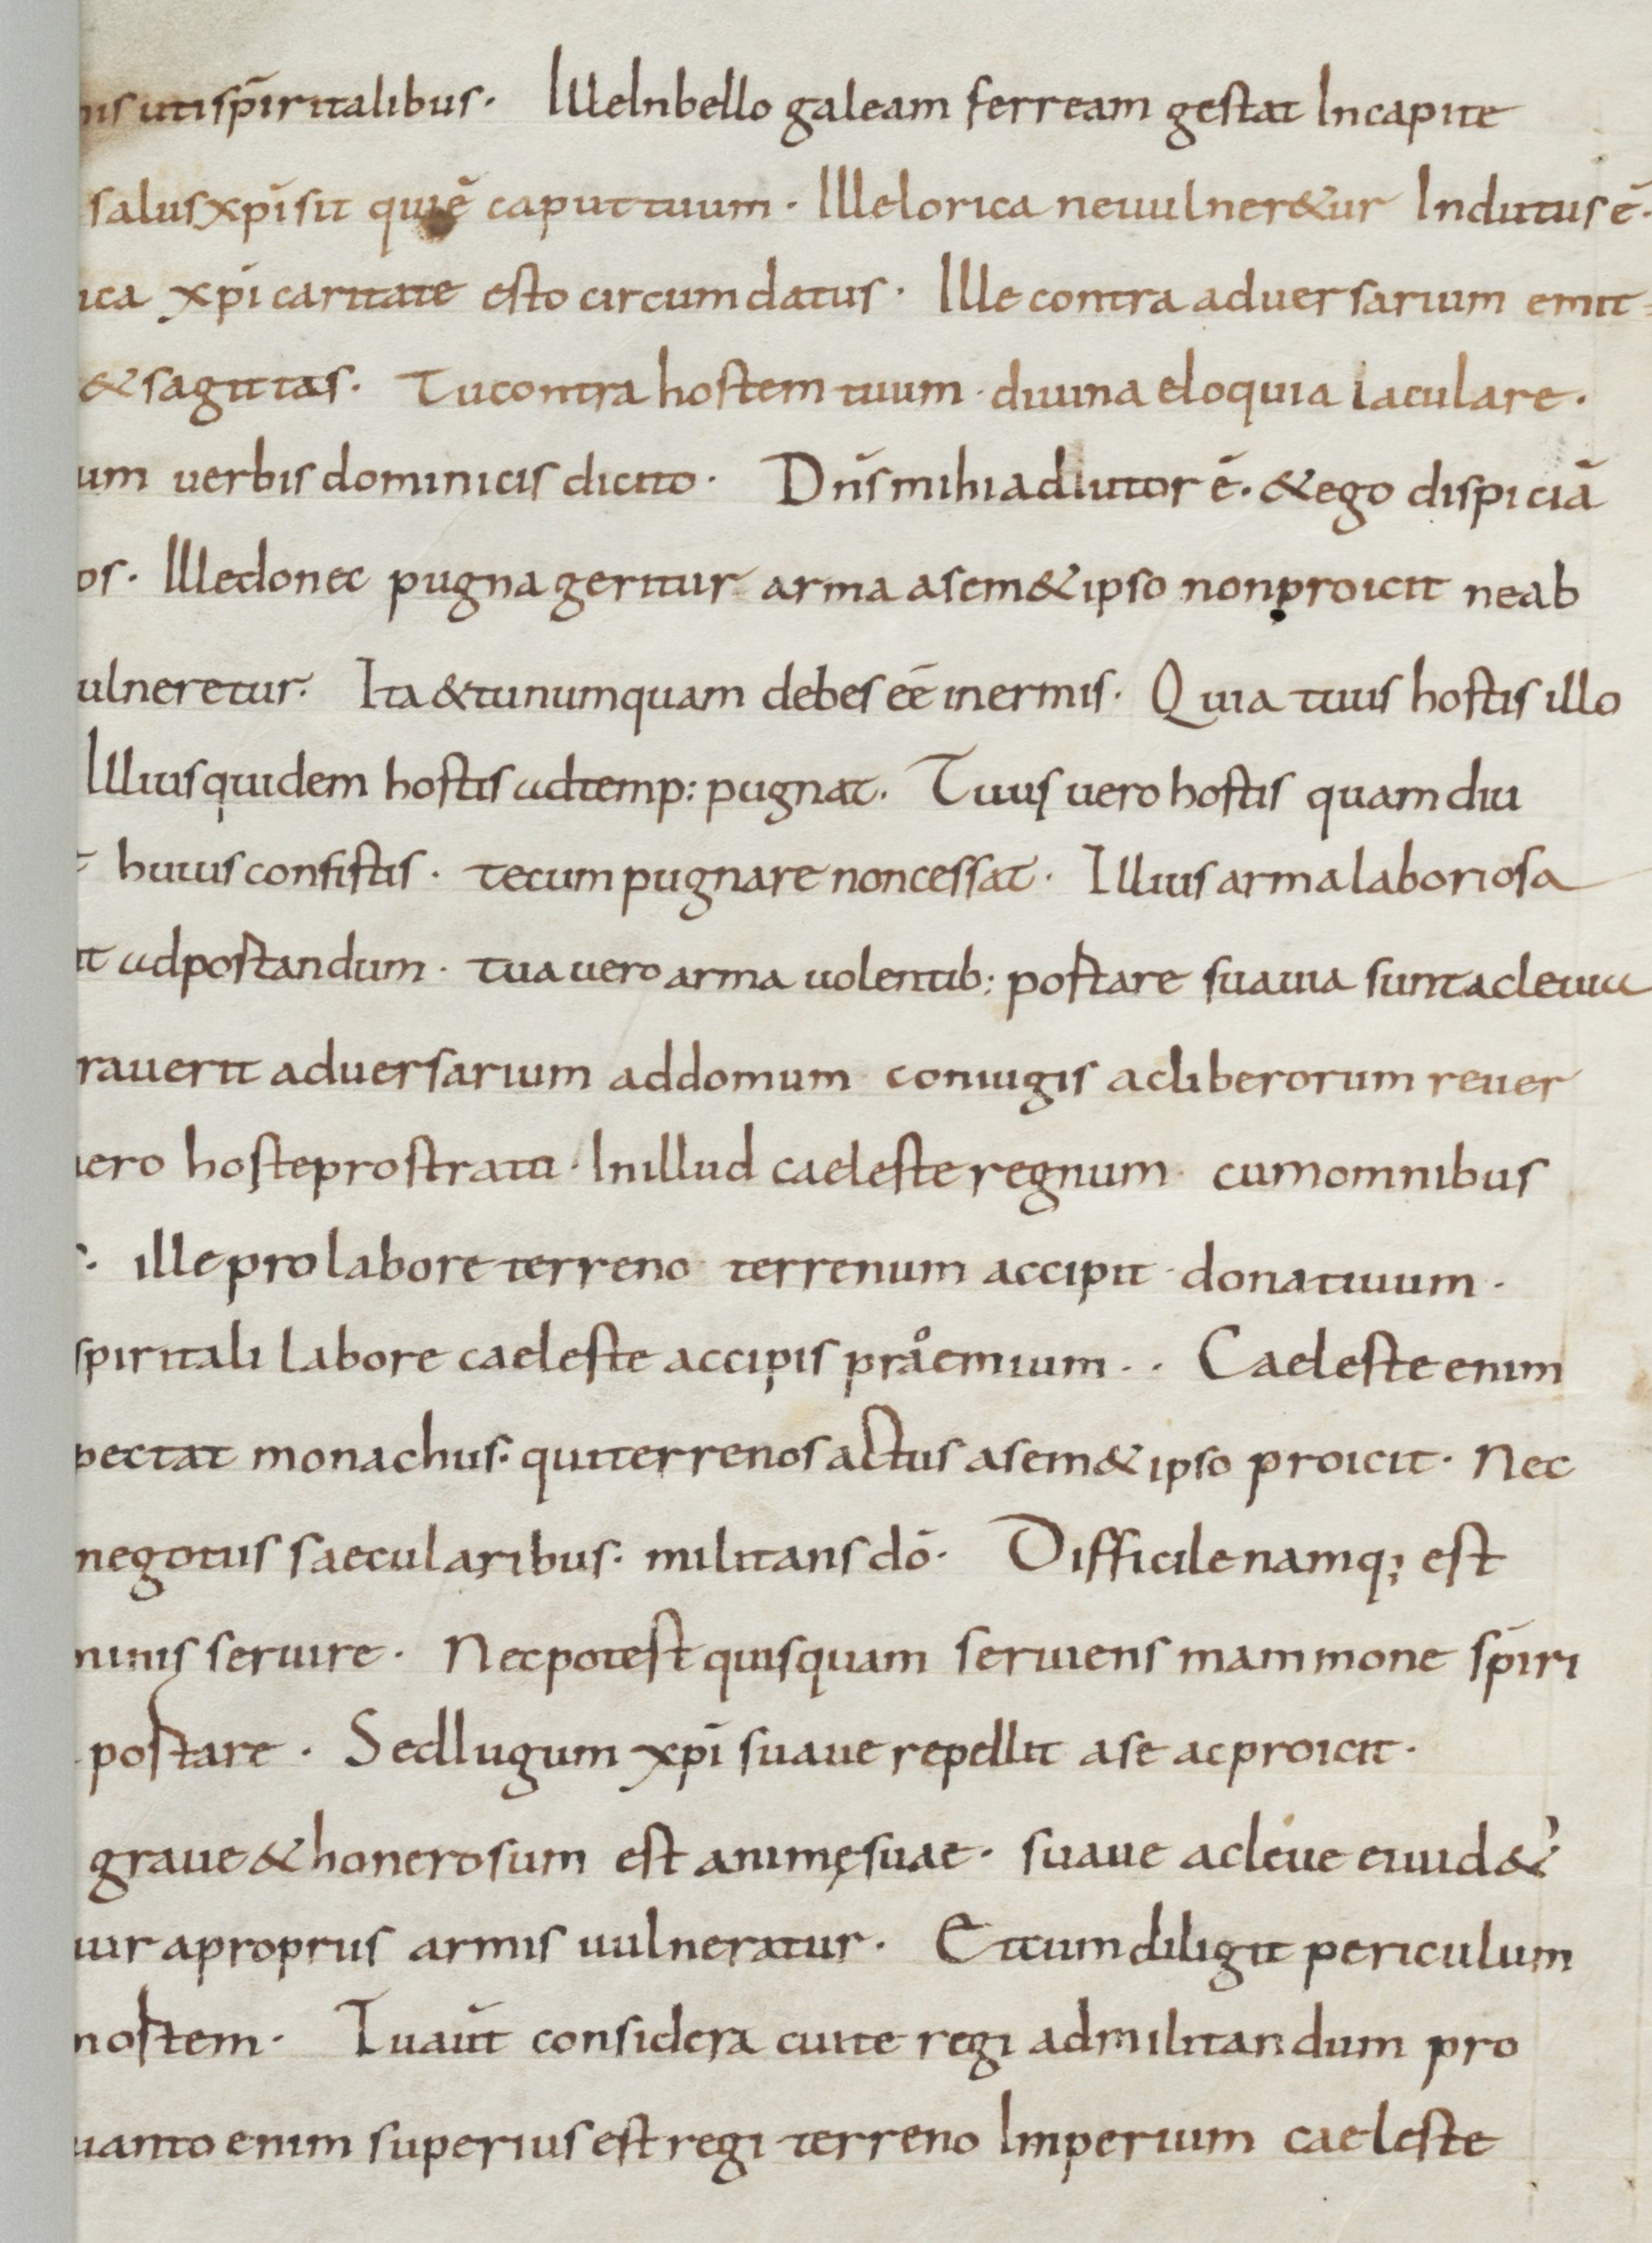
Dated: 800–999